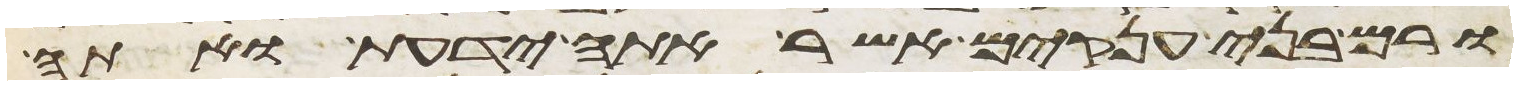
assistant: ורם בני ענקים אשר אתה ידעת ואתה